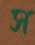
স